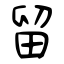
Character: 留